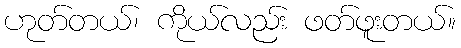
ဟုတ်တယ်၊ ကိုယ်လည်း ဖတ်ဖူးတယ်။